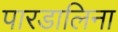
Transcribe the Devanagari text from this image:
पारडालिना